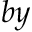
b y